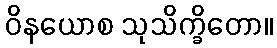
ဝိနယောစ သုသိက္ခိတော။